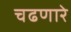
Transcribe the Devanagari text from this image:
चढणारे